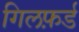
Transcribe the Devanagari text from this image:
गिलफ़र्ड